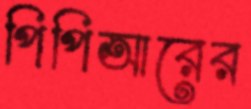
পিপিআরের